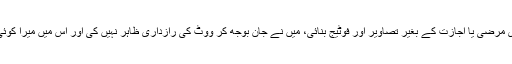
جواب میں مزید کہا گیا کہ ٹیبل کے اطراف مہر لگاتے وقت میڈیا اکٹھا تھا، میڈیا نے میری مرضی یا اجازت کے بغیر تصاویر اور فوٹیج بنائی، میں نے جان بوجھ کر ووٹ کی رازداری ظاہر نہیں کی اور اس میں میرا کوئی کردار نہیں تھا، لہٰذا غیر ارادی اقدام پر الیکشن کمیشن سے غیر مشروط معافی مانگتا ہوں۔